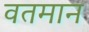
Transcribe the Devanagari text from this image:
वतमान